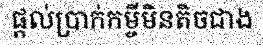
ផ្តល់ប្រាក់កម្ចីមិនតិចជាង